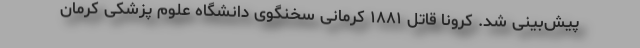
پیش‌بینی شد. کرونا قاتل ۱۸۸۱ کرمانی سخنگوی دانشگاه علوم پزشکی کرمان